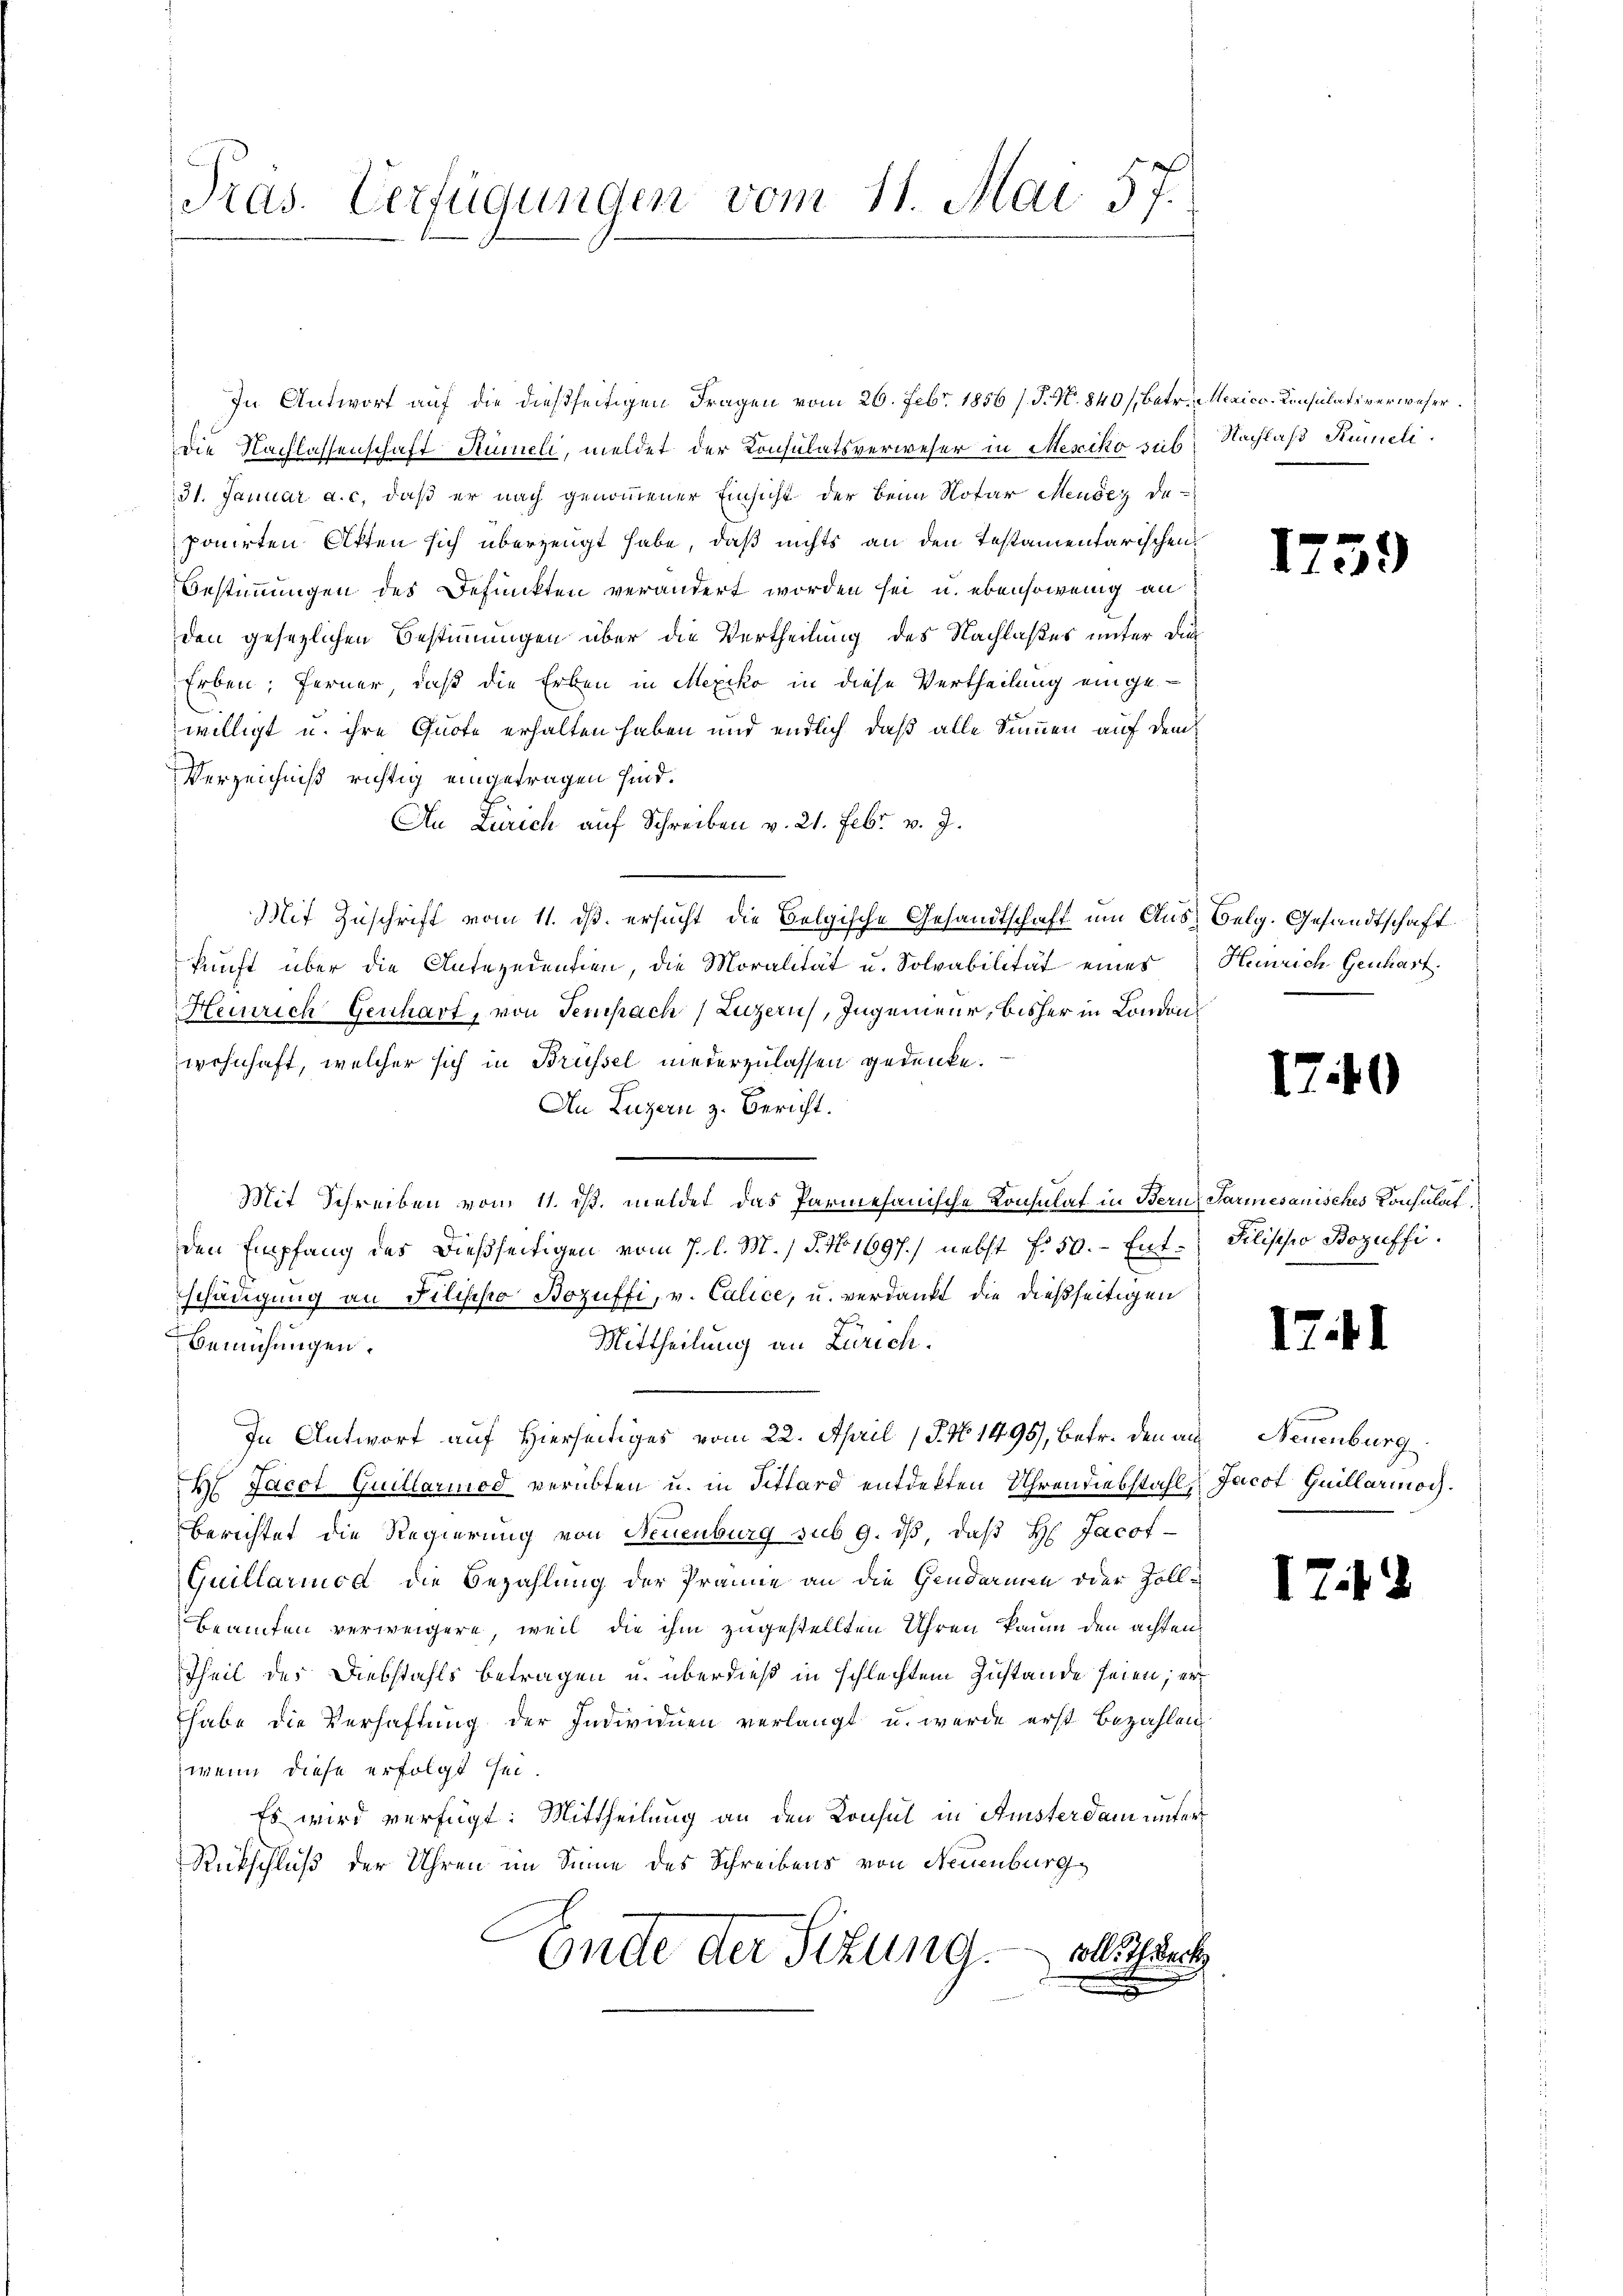
Pras. Verfügungen vom 11. Mai 57.

In Antwort auf die dießseitigen Fragen vom 26. Febr. 1856 s. S. N. 840/, Betr. Mexico Consulatsverweser
Die Nachlassenschaft Rümeli, meldet der Konsulatsverweser in Mexiko sub. Nachlaß Rümeli.
31. Januar a. c. daß er nach genommener Einsicht der beim Notar Mender de
ponirten Akten sich überzeugt habe, daß nichts an den Testamentarischen
Bestimmungen des Defunkten verändert worden sei u. ebensowenig an
den gesezlichen Bestimmungen über die Vertheilung des Nachlaßes unter die
Erben; ferner, daß die Erben in Mexiko in diese Vertheilung eingewilligt u. ihre Quote erhalten haben und endlich, daß alle Summen auf dem
Verzeichniß richtig eingetragen sind.
An Zürich auf Schreiben v. 21. Febr. v. J.
Mit Zuschrift vom 11. ds. ersucht die Belgische Gesandtschaft um Aus Belg. Gesandtschaft
kŭnft über die Unteredentien, die Moralität u. Solvabilität eines Heinrich Genhart.
Heinrich Genchart, von Tempach Luzern, Ingenieur, bisher in Londonwohnhaft, welcher sich in Brüssel niederzulassen gedenke.
An Luzern z. Bericht.
Mit Schreiben vom 11. ist. meldet das Parmesanische Konsulat in Bern Parmesauisches Konsulat
den Empfang des dießseitigen vom 7. d. M. / 5. No 1697) nebst f. 50. - Ent-Filisches Bozuffi
schädigung an Filischo Bozüffi, v. Calice, u. verdankt die dießseitigen
Mittheilung an Zürich.
Bemühungen.
In Antwort auf Hierseitiges vom 22. April 18. No 1495), betr. den aus Neuenburg
H Jacot Guillariod verübten u. in Tittard entdekten Uhrendiebstahl, Jacot Guillario.
Berichtet die Regierung von Feuenburg sub 9. dβ, daß H. Jacot-
Guillariuod die Bezahlung der Prämie an die Gendarmen oder Zoll¬
Beamten verweigere, weil die ihm zugestellten Uhren kaum den achten
Theil der Diebstahls betragen u. überdieß in schlechtem Zustande seien; er
habe die Verhaftung der Individuen verlangt u. werde erst Bezahlen
wenn diese erfolgt sei.
Es wird verfügt: Mittheilung an den Konsul in Amsterdam unter¬
Rückschluß der Uhren im Sinne des Schreibens von Neuenburg,
Ende der Sitzung. Allschreck

173

1740

1741

3)

IT.12